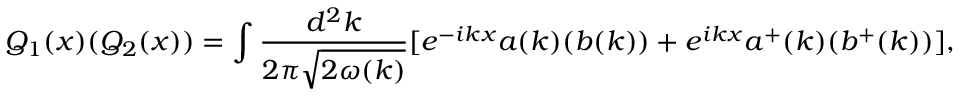
Q _ { 1 } ( x ) ( Q _ { 2 } ( x ) ) = \int { \frac { d ^ { 2 } k } { 2 \pi { \sqrt { 2 \omega ( k ) } } } } [ e ^ { - i k x } a ( k ) ( b ( k ) ) + e ^ { i k x } a ^ { + } ( k ) ( b ^ { + } ( k ) ) ] ,